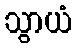
သွာယံ